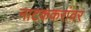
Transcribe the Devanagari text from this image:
नाटककरांवर